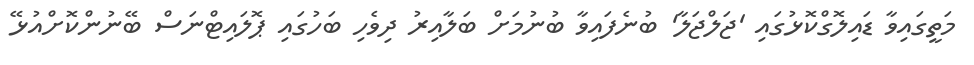
މަތީގައިވާ ޑައިލޮގްކޮޅުގައި 'ޖަލްޖަލާ' ބުނެފައިވާ ބުނުމަށް ބަލާއިރު ދިވެހި ބަހުގައި ޕޮލައިޓްނަސް ބޭނުންކޮށްއުޅޭ